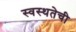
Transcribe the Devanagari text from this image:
स्वस्थतेची